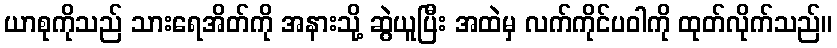
ယာစုကိုသည် သားရေအိတ်ကို အနားသို့ ဆွဲယူပြီး အထဲမှ လက်ကိုင်ပဝါကို ထုတ်လိုက်သည်။